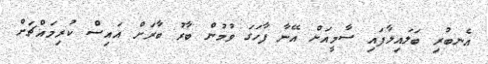
އެނބުރި ބަލައިލާފައި ސާމީއަށް އޭނާ ފާހަގަ ވުމުން ބާރު ބާރަށް އައިސް ކުރިމައްޗަށް